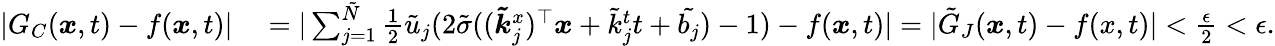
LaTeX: \begin{array}{rl}{|G_{C}(\boldsymbol{x},t)-f(\boldsymbol{x},t)|}&{{}=|\sum_{j=1}^{\tilde{N}}\frac{1}{2}\tilde{u}_{j}(2\tilde{\sigma}((\boldsymbol{\tilde{k}}_{j}^{x})^{\top}\boldsymbol{x}+\tilde{k}_{j}^{t}t+\tilde{b_{j}})-1)-f(\boldsymbol{x},t)|=|\tilde{G}_{J}(\boldsymbol{x},t)-f(x,t)|<\frac{\epsilon}{2}<\epsilon.}\end{array}